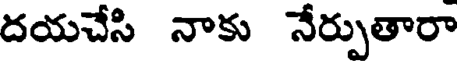
దయచేసి నాకు నేర్పుతారా